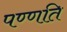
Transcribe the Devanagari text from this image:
पण्णति